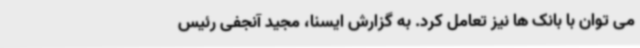
می توان با بانک ها نیز تعامل کرد. به گزارش ایسنا، مجید آنجفی رئیس